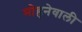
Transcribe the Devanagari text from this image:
मोहनेवाली